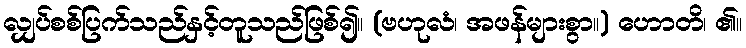
လျှပ်စစ်ပြက်သည်နှင့်တူသည်ဖြစ်၍။ (ဗဟုလံ၊ အဖန်များစွာ။) ဟောတိ၊ ၏။